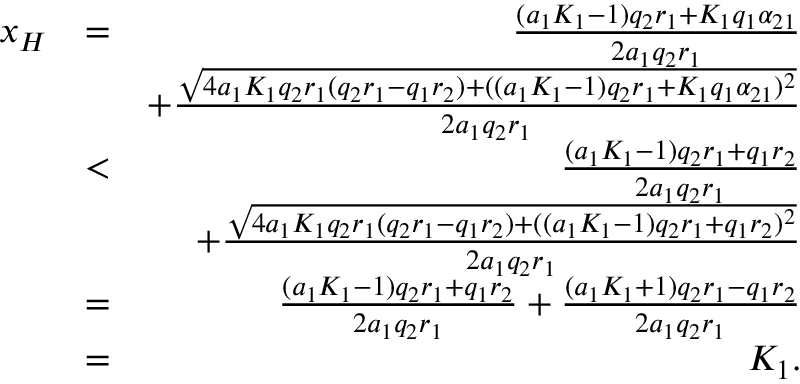
\begin{array} { r l r } { x _ { H } } & { = } & { \frac { ( a _ { 1 } K _ { 1 } - 1 ) q _ { 2 } r _ { 1 } + K _ { 1 } q _ { 1 } \alpha _ { 2 1 } } { 2 a _ { 1 } q _ { 2 } r _ { 1 } } } \\ & { } & { + \frac { \sqrt { 4 a _ { 1 } K _ { 1 } q _ { 2 } r _ { 1 } ( q _ { 2 } r _ { 1 } - q _ { 1 } r _ { 2 } ) + ( ( a _ { 1 } K _ { 1 } - 1 ) q _ { 2 } r _ { 1 } + K _ { 1 } q _ { 1 } \alpha _ { 2 1 } ) ^ { 2 } } } { 2 a _ { 1 } q _ { 2 } r _ { 1 } } } \\ & { < } & { \frac { ( a _ { 1 } K _ { 1 } - 1 ) q _ { 2 } r _ { 1 } + q _ { 1 } r _ { 2 } } { 2 a _ { 1 } q _ { 2 } r _ { 1 } } } \\ & { } & { + \frac { \sqrt { 4 a _ { 1 } K _ { 1 } q _ { 2 } r _ { 1 } ( q _ { 2 } r _ { 1 } - q _ { 1 } r _ { 2 } ) + ( ( a _ { 1 } K _ { 1 } - 1 ) q _ { 2 } r _ { 1 } + q _ { 1 } r _ { 2 } ) ^ { 2 } } } { 2 a _ { 1 } q _ { 2 } r _ { 1 } } } \\ & { = } & { \frac { ( a _ { 1 } K _ { 1 } - 1 ) q _ { 2 } r _ { 1 } + q _ { 1 } r _ { 2 } } { 2 a _ { 1 } q _ { 2 } r _ { 1 } } + \frac { ( a _ { 1 } K _ { 1 } + 1 ) q _ { 2 } r _ { 1 } - q _ { 1 } r _ { 2 } } { 2 a _ { 1 } q _ { 2 } r _ { 1 } } } \\ & { = } & { K _ { 1 } . } \end{array}